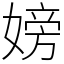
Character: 嫎